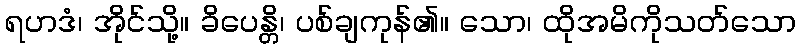
ရဟဒံ၊ အိုင်သို့။ ခိပေန္တိ၊ ပစ်ချကုန်၏။ သော၊ ထိုအမိကိုသတ်သော